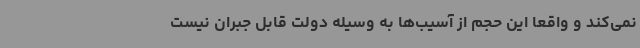
نمی‌کند و واقعاً این حجم از آسیب‌ها به وسیله دولت قابل جبران نیست